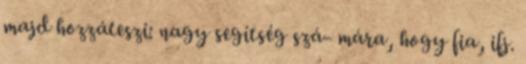
majd hozzáteszi: nagy segítség szá- mára, hogy fia, ifj.